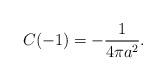
LaTeX: \begin{align*}C(-1)=-\frac{1}{4\pi a^2}.\end{align*}